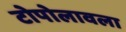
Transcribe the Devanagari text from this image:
टोपोलावला